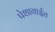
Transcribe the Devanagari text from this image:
पेशावाईत